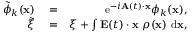
\begin{array} { r l r } { \tilde { \phi } _ { k } ( { \bf x } ) } & { { } = } & { \mathrm { e } ^ { - i { \bf A } ( t ) \cdot { \bf x } } \phi _ { k } ( { \bf x } ) , } \\ { \tilde { \xi } } & { { } = } & { \xi + \int { { \bf E } ( t ) \cdot { \bf x } \ \rho ( { \bf x } ) \ \mathrm { d } { \bf x } } , } \end{array}